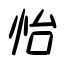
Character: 怡